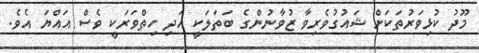
މޫދު ކުޅިވަރުތަކަށް ޝައުގުވެރިވާ ޒުވާނުންގެ ބަތަލަކީ އަދި ހިތްވަރަކީ ވެސް އައްޔަ އެވެ.